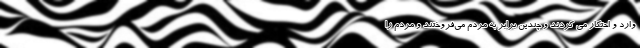
وارد و احتکار می کردند و چندین برابر به مردم می‌فروختند و مردم را